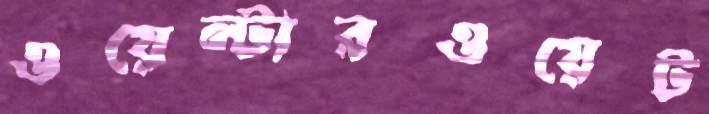
ওয়েল্টারওয়েট